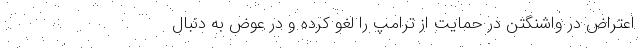
اعتراض در واشنگتن در حمایت از ترامپ را لغو کرده و در عوض به دنبال